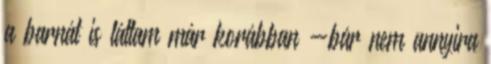
a barnát is láttam már korábban -bár nem annyira